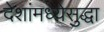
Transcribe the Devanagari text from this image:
देशांमध्येसुद्धा